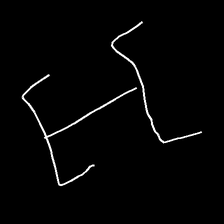
Glyph: entwine